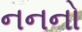
નનનો